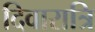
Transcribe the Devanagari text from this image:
दिवारात्रि